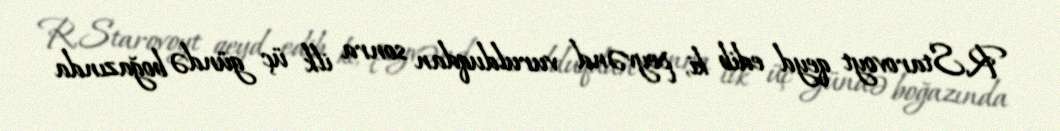
R.Starovoyt qeyd edib ki, peyvənd vurulduqdan sonra ilk üç gündə boğazında